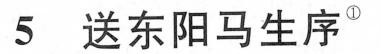
5 送东阳马生序^{①}